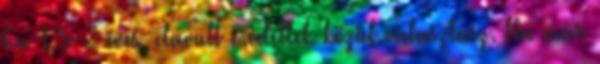
ha 1,5-2 éves, elavult modellek közül választasz. Ha már